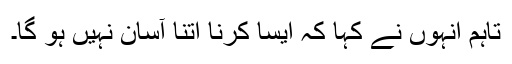
تاہم انہوں نے کہا کہ ایسا کرنا اتنا آسان نہیں ہو گا۔